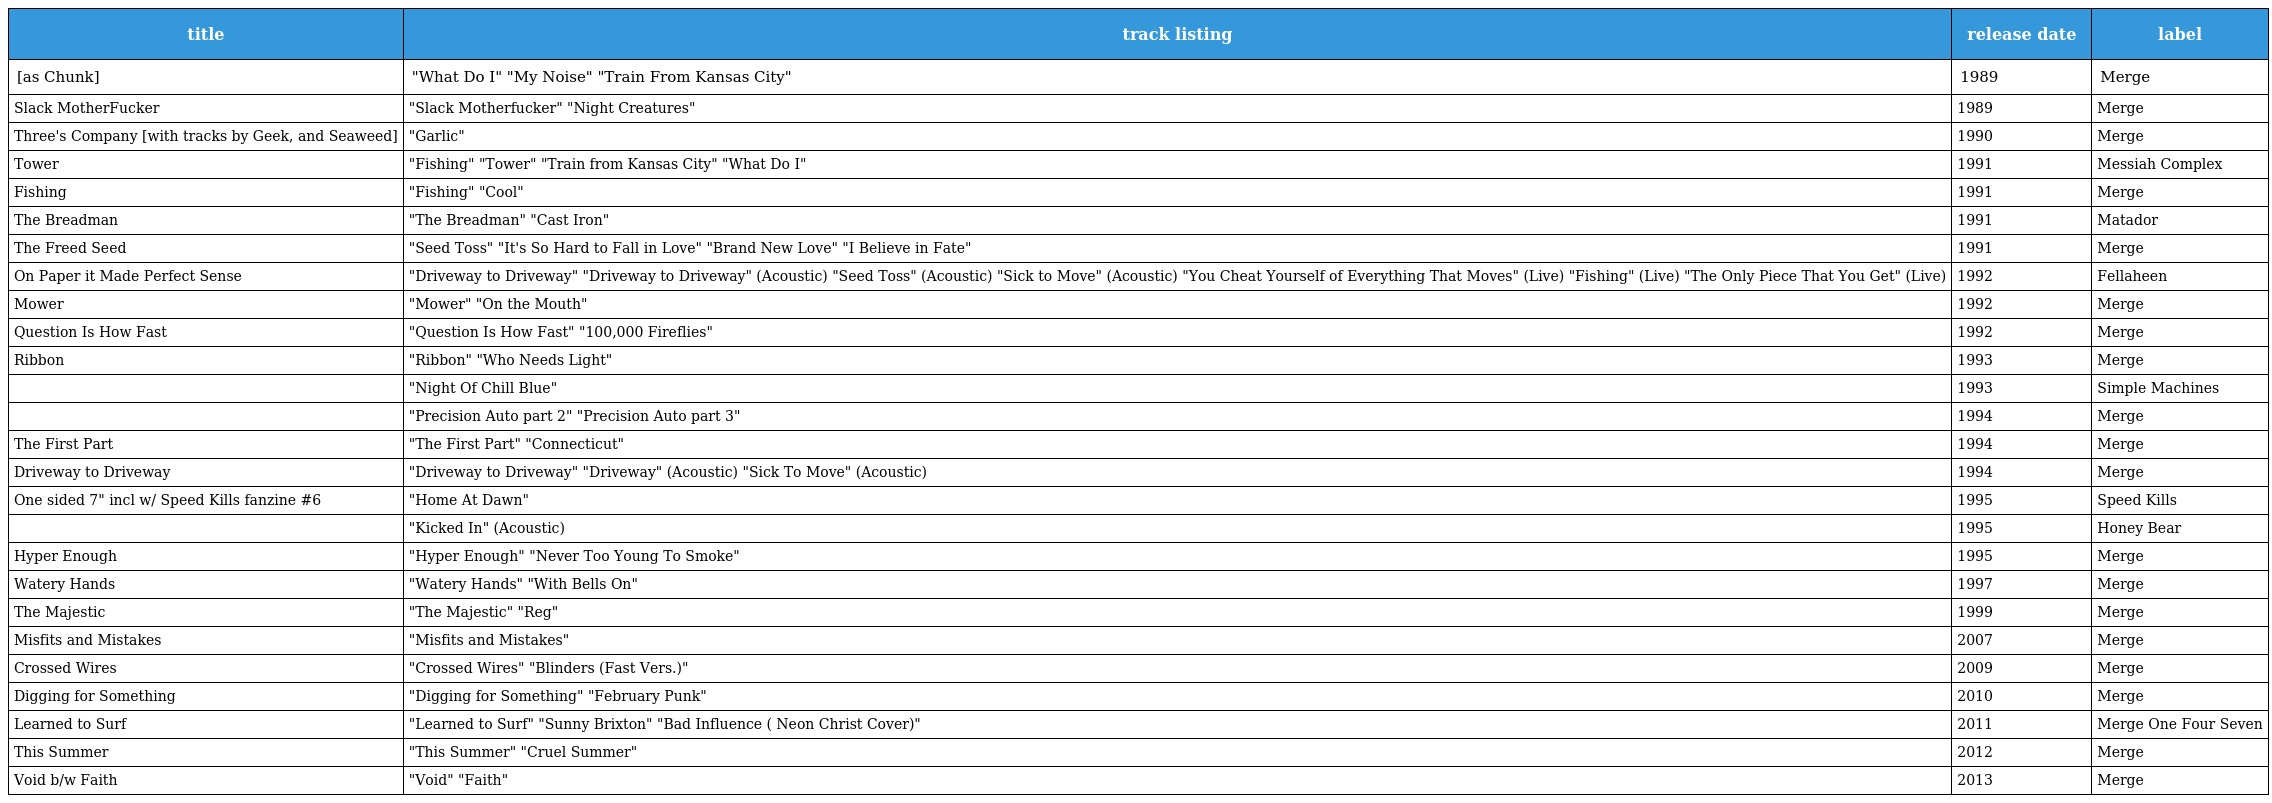
| title | track listing | release date | label |
 | --- | --- | --- | --- |
 | [as Chunk] | "What Do I" "My Noise" "Train From Kansas City" | 1989 | Merge |
 | Slack MotherFucker | "Slack Motherfucker" "Night Creatures" | 1989 | Merge |
 | Three's Company [with tracks by Geek, and Seaweed] | "Garlic" | 1990 | Merge |
 | Tower | "Fishing" "Tower" "Train from Kansas City" "What Do I" | 1991 | Messiah Complex |
 | Fishing | "Fishing" "Cool" | 1991 | Merge |
 | The Breadman | "The Breadman" "Cast Iron" | 1991 | Matador |
 | The Freed Seed | "Seed Toss" "It's So Hard to Fall in Love" "Brand New Love" "I Believe in Fate" | 1991 | Merge |
 | On Paper it Made Perfect Sense | "Driveway to Driveway" "Driveway to Driveway" (Acoustic) "Seed Toss" (Acoustic) "Sick to Move" (Acoustic) "You Cheat Yourself of Everything That Moves" (Live) "Fishing" (Live) "The Only Piece That You Get" (Live) | 1992 | Fellaheen |
 | Mower | "Mower" "On the Mouth" | 1992 | Merge |
 | Question Is How Fast | "Question Is How Fast" "100,000 Fireflies" | 1992 | Merge |
 | Ribbon | "Ribbon" "Who Needs Light" | 1993 | Merge |
 |  | "Night Of Chill Blue" | 1993 | Simple Machines |
 |  | "Precision Auto part 2" "Precision Auto part 3" | 1994 | Merge |
 | The First Part | "The First Part" "Connecticut" | 1994 | Merge |
 | Driveway to Driveway | "Driveway to Driveway" "Driveway" (Acoustic) "Sick To Move" (Acoustic) | 1994 | Merge |
 | One sided 7" incl w/ Speed Kills fanzine #6 | "Home At Dawn" | 1995 | Speed Kills |
 |  | "Kicked In" (Acoustic) | 1995 | Honey Bear |
 | Hyper Enough | "Hyper Enough" "Never Too Young To Smoke" | 1995 | Merge |
 | Watery Hands | "Watery Hands" "With Bells On" | 1997 | Merge |
 | The Majestic | "The Majestic" "Reg" | 1999 | Merge |
 | Misfits and Mistakes | "Misfits and Mistakes" | 2007 | Merge |
 | Crossed Wires | "Crossed Wires" "Blinders (Fast Vers.)" | 2009 | Merge |
 | Digging for Something | "Digging for Something" "February Punk" | 2010 | Merge |
 | Learned to Surf | "Learned to Surf" "Sunny Brixton" "Bad Influence ( Neon Christ Cover)" | 2011 | Merge One Four Seven |
 | This Summer | "This Summer" "Cruel Summer" | 2012 | Merge |
 | Void b/w Faith | "Void" "Faith" | 2013 | Merge |